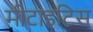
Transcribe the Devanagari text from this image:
मीटाइटिस